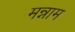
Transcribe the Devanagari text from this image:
मन्नाम